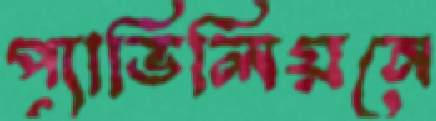
প্যাভিলিয়নে